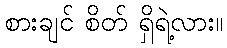
စားချင် စိတ် ရှိရဲ့လား။